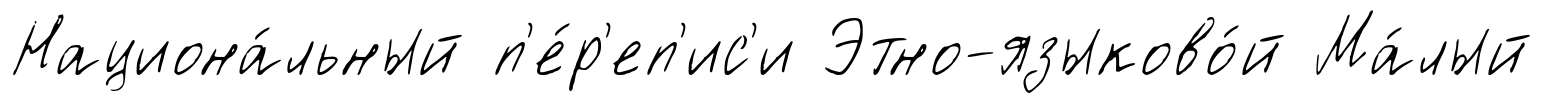
Национа́льный п'е́р'еп'ис'и Этно-языково́й Ма́лый